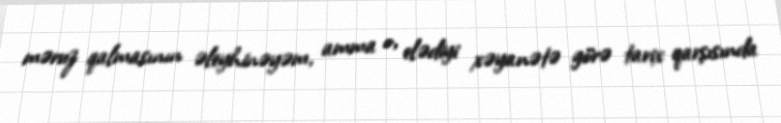
məruz qalmasının əleyhinəyəm, amma o, elədiyi xəyanətə görə tarix qarşısında